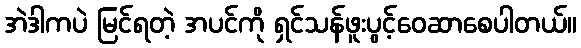
အဲဒါကပဲ မြင်ရတဲ့ အပင်ကို ရှင်သန်ဖူးပွင့်ဝေဆာစေပါတယ်။